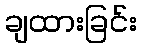
ချထားခြင်း